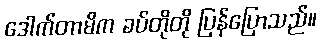
ဒေါက်တာမိက ခပ်တိုတို ပြန်ပြောသည်။